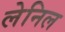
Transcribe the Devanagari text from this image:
लेनिल